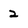
Character: 2